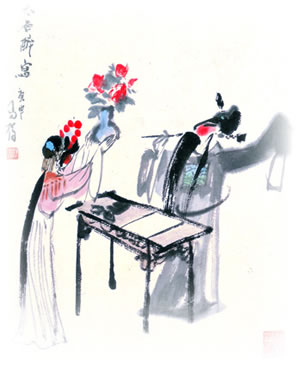
相逢成夜宿，陇月向人圆。